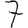
Digit: 7